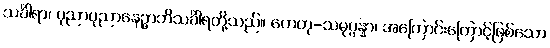
သင်္ခါရာ၊ ပုညာပုညာနေဉ္ဇာဘိသင်္ခါရတို့သည်။ ဟေတု-သမုပ္ပန္နာ၊ အကြောင်းကြောင့်ဖြစ်သော